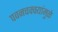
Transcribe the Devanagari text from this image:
पवनचक्क्यांमुळे